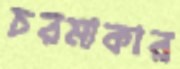
চরমাকার